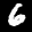
Label: 6